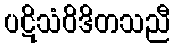
ပဋိသံဝိဒိတသညီ